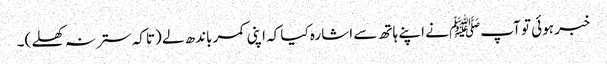
خبر ہوئی تو آپﷺ نے اپنے ہاتھ سے اشارہ کیا کہ اپنی کمر باندھ لے (تاکہ ستر نہ کھلے )۔